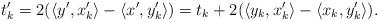
LaTeX: \begin{align*}t'_k=2(\langle y',x'_k\rangle -\langle x',y'_k\rangle)=t_k+2(\langle y_k,x'_k\rangle -\langle x_k,y'_k\rangle ).\end{align*}